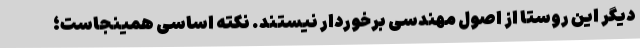
دیگر این روستا از اصول مهندسی برخوردار نیستند. نکته اساسی همینجاست؛